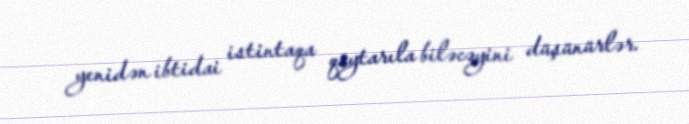
yenidən ibtidai istintaqa qaytarıla biləcəyini düşünürlər.